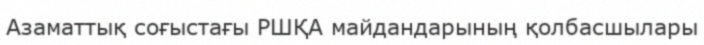
Азаматтық соғыстағы РШҚА майдандарының қолбасшылары